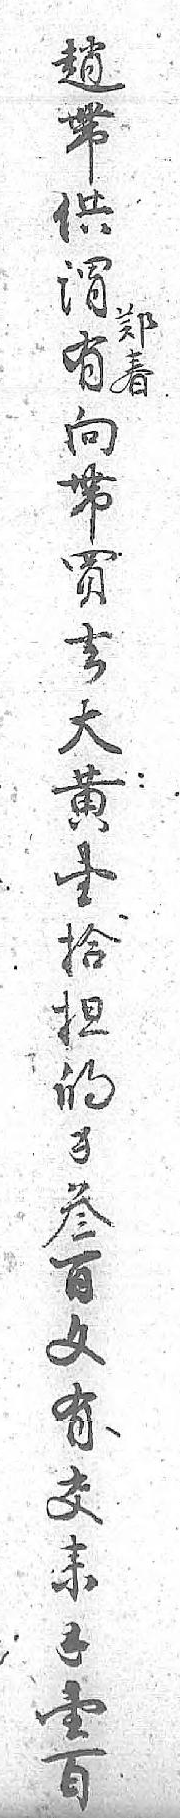
趙郑帶春供 谓 有 向 帶 買 去 大 黄 壹 拾 担 的 錢 叁 百 文 有 交 来 錢 壹 百